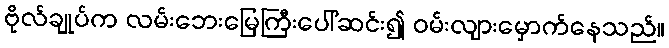
ဗိုလ်ချုပ်က လမ်းဘေးမြေကြီးပေါ်ဆင်း၍ ဝမ်းလျားမှောက်နေသည်။